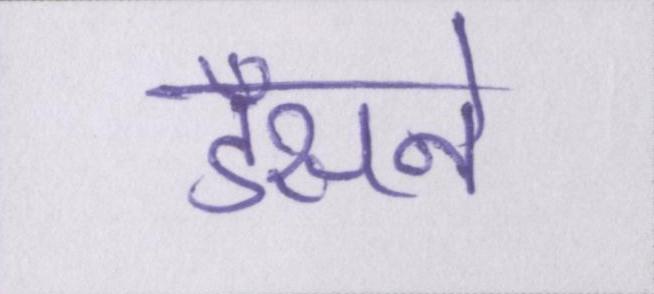
डँसने